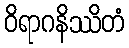
ဝိရာဂနိဿိတံ